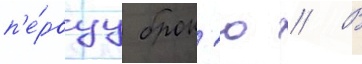
п'е́рвуу брон'ю // В